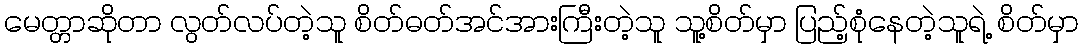
မေတ္တာဆိုတာ လွတ်လပ်တဲ့သူ စိတ်ဓတ်အင်အားကြီးတဲ့သူ သူ့စိတ်မှာ ပြည့်စုံနေတဲ့သူရဲ့ စိတ်မှာ